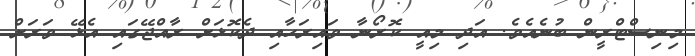
މިނިސްޓްރީން ބުނެއެވެ. އަދި މިއީ ކޮރޯނާ ވައިރަހާއި ދެކޮޅަށް ރާއްޖޭގައި އެޅޭ ވަރަށް